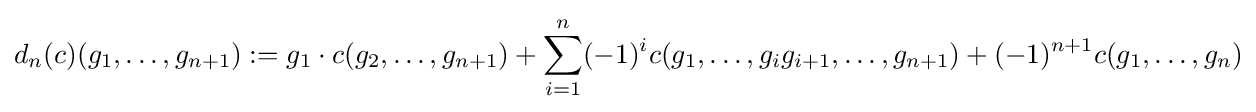
d_{n}(c)(g_{1},\ldots ,g_{n+1}):=g_{1}\cdot c(g_{2},\ldots ,g_{n+1})+\sum _{i=1}^{n}(-1)^{i}c(g_{1},\ldots ,g_{i}g_{i+1},\ldots ,g_{n+1})+(-1)^{n+1}c(g_{1},\ldots ,g_{n})